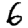
Digit: 6